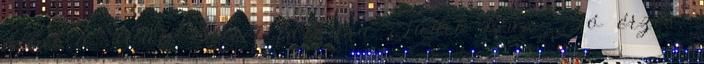
állat a Wall Street farkasa Judit Lux: Jó érzés,